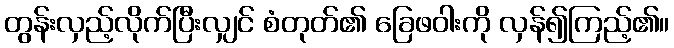
တွန်းလှည့်လိုက်ပြီးလျှင် စံတုတ်၏ ခြေဖဝါးကို လှန်၍ကြည့်၏။